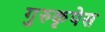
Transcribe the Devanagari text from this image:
गुरुकृपेस